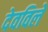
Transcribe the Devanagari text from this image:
देवविले